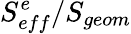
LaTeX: S_{eff}^{e}/S_{geom}